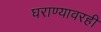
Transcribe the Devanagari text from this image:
घराण्यावरही